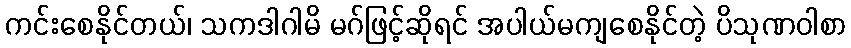
ကင်းစေနိုင်တယ်၊ သကဒါဂါမိ မဂ်ဖြင့်ဆိုရင် အပါယ်မကျစေနိုင်တဲ့ ပိသုဏဝါစာ